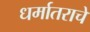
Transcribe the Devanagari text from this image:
धर्मातराचे